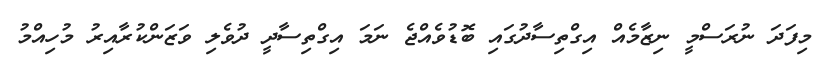
މިފަދަ ނުރަސްމީ ނިޒާމެއް އިގްތިސާދުގައި ބޮޑުވެއްޖެ ނަމަ އިގްތިސާދީ ދުވެލި ވަޒަންކުރާއިރު މުހިއްމު